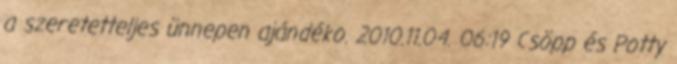
a szeretetteljes ünnepen ajándéko. 2010.11.04. 06:19 Csöpp és Potty